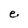
Character: e